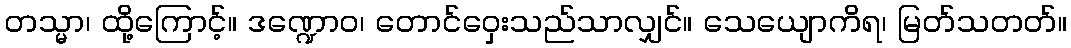
တသ္မာ၊ ထို့ကြောင့်။ ဒဏ္ဍောဝ၊ တောင်ဝှေးသည်သာလျှင်။ သေယျောကိရ၊ မြတ်သတတ်။